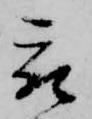
被